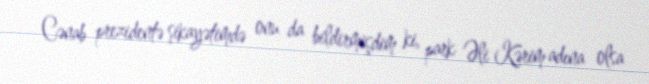
Cənab prezidentə şikayətimdə onu da bildirmişdim ki, park Əli Kərim adına olsa